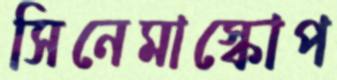
সিনেমাস্কোপ